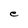
Character: e